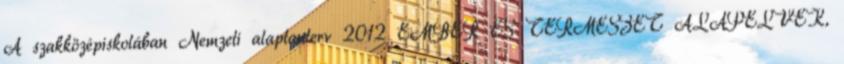
A szakközépiskolában Nemzeti alaptanterv 2012 EMBER ÉS TERMÉSZET ALAPELVEK,